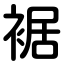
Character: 裾